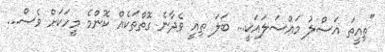
"ތިއީތަ އަސްލު މައްސަލައަކީ... ބަލަ ތިއީ ވެދާނެ ގޮތްތަކެއް ކޮންމެ މީހަކަށް ވެސް...